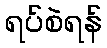
ရပ်စဲရန်